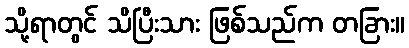
သို့ရာတွင် သိပြီးသား ဖြစ်သည်က တခြား။